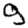
Digit: 9